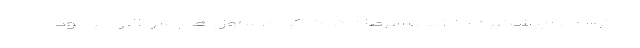
می تواند به پیشگیری از ابتلا به سرطان کمک کرده، سلول های سرطانی موجود